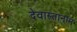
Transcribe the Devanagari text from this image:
देवास्तानाम